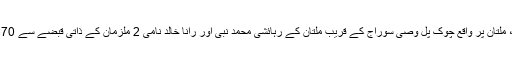
چوتھی کاروائی کے دوران اے این ایف لاہور نے میانی روڈ، ملتان پر واقع چوک پل وصی سوراج کے قریب ملتان کے رہائشی محمد نبی اور رانا خالد نامی 2 ملزمان کے ذاتی قبضے سے 670 گرام ہیروئن برآمد کر کے دونوں ملزمان کو گرفتار کر لیا۔